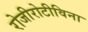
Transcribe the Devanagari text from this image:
रोजीरोटीविना